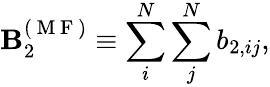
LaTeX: \mathbf{B}_{2}^{({\mathrm{{~M~F~}}})}\equiv\sum_{i}^{N}\sum_{j}^{N}b_{2,ij},